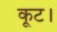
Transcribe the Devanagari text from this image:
कूट।